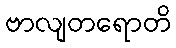
ဗာလျတရောတိ